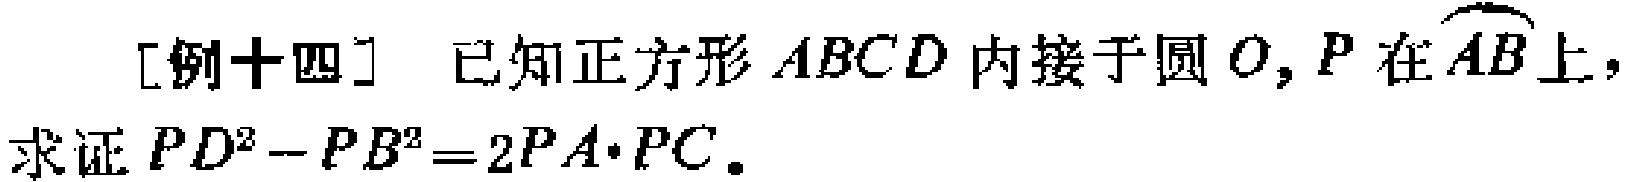
[例十四] 已知正方形 \(ABCD\) 内接于圆 \(O\)，\(P\) 在 \(\overset{\frown}{AB}\) 上，求证 \(PD^{2}-PB^{2}=2PA\cdot PC\)。